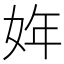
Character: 姩